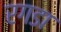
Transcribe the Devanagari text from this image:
रगडा